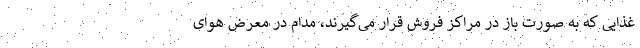
غذایی که به صورت باز در مراکز فروش قرار می‌گیرند، مدام در معرض هوای